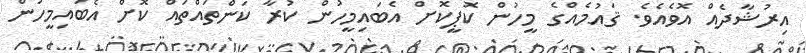
އިރުޝާދެއް އޮވެއެވެ. ޤައުމެއްގެ މީހުން ކޮޕީކޮށް އެބައިމީހުން ކުރާ ކަންތައްތައް ކޮށް އެބައިމީހުން